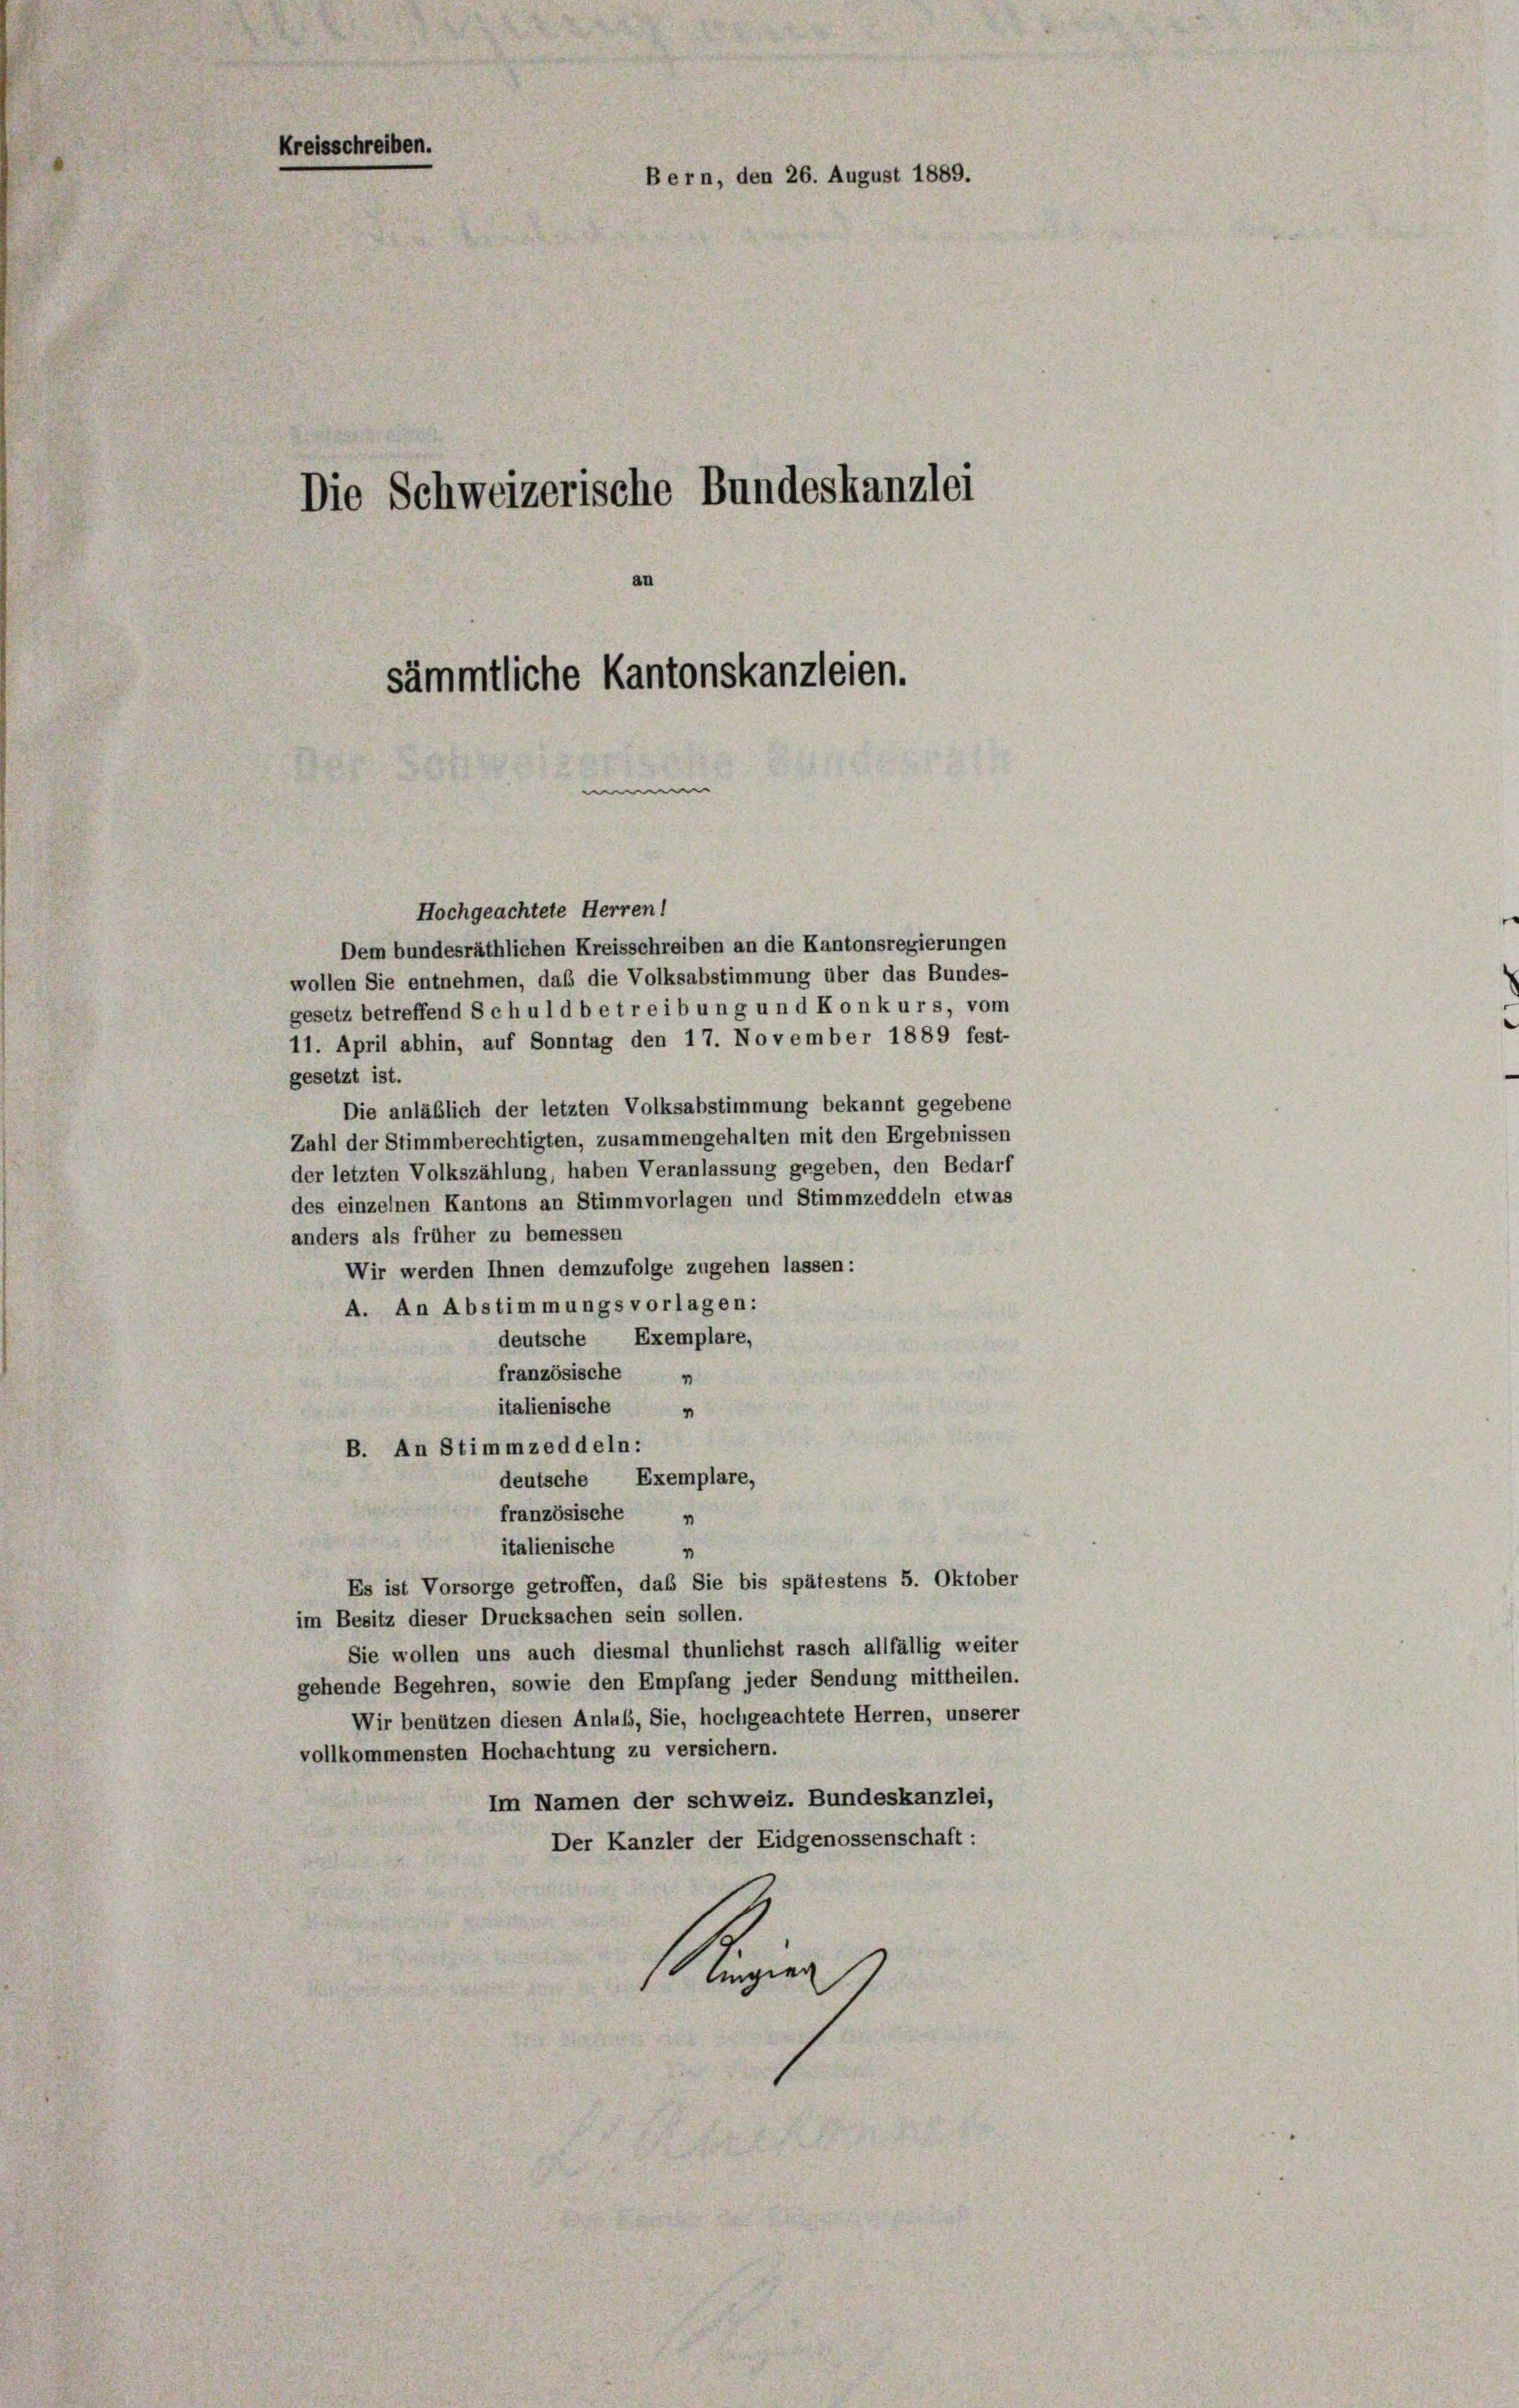
Hochgeachtete Herren!
Dem bundesräthlichen Kreisschreiben an die Kantonsregierungen
wollen Sie entnehmen, daß die Volksabstimmung über das Bundes-
gesetz betreffend Schuld betreibung und Konkurs, vom
11. April abhin, auf Sonntag den 17. November 1889 fest-
gesetzt ist.
Die anläßlich der letzten Volksabstimmung bekannt gegebene
Zahl der Stimmberechtigten, zusammengehalten mit den Ergebnissen
der letzten Volkszählung, haben Veranlassung gegeben, den Bedarf
des einzelnen Kantons an Stimmvorlagen und Stimmzeddeln etwas
anders als früher zu bemessen
Wir werden Ihnen demzufolge zugehen lassen:
A. An Abstimmungsvorlagen:
deutsche Exemplare,
französische n
italienische n
B. An Stimmzeddeln:
deutsche Exemplare,
französische n
italienische „
Es ist Vorsorge getroffen, das Sie bis spätestens 5. Oktober
im Besitz dieser Drucksachen sein sollen.
Sie wollen uns auch diesmal thunlichst rasch allfällig weiter
gehende Begehren, sowie den Empfang jeder Sendung mittheilen.
Wir benützen diesen Anlas, Sie, hochgeachtete Herren, unserer
vollkommensten Hochachtung zu versichern.
Im Namen der schweiz. Bundeskanzlei,
Der Kanzler der Eidgenossenschaft:
Uri

Kreisschreiben.
Bern, den 26. August 1889.
Die Schweizerische Bundeskanzlei
sämmtliche Kantonskanzleien.